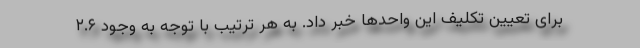
برای تعیین تکلیف این واحدها خبر داد. به هر ترتیب با توجه به وجود ۲.۶